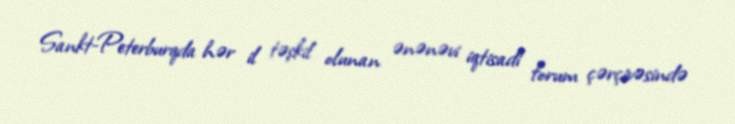
Sankt-Peterburqda hər il təşkil olunan ənənəvi iqtisadi forum çərçivəsində